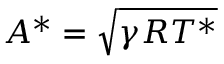
A ^ { * } = { \sqrt { \gamma R T ^ { * } } }